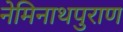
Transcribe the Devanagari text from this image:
नेमिनाथपुराण